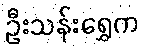
ဦးသန်းရွှေက